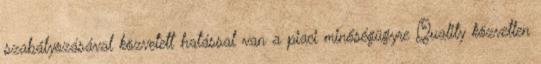
szabályozásával közvetett hatással van a piaci minőségügyre Quality közvetlen